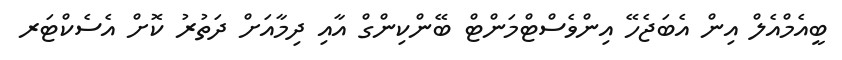
ބީއެމްއެލް އިން އެބަޖެހޭ އިންވެސްޓްމަންޓް ބޭންކިންގް އާއި ދިމާއަށް ދަތުރު ކޮށް އެސެކްޓަރ